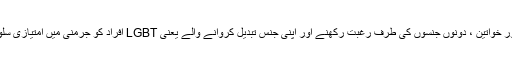
ہم جنس پرست مرد اور خواتین ، دونوں جنسوں کی طرف رغبت رکھنے اور اپنی جنس تبدیل کروانے والے یعنی LGBT افراد کو جرمنی میں امتیازی سلوک کا سامنا رہتا ہے۔